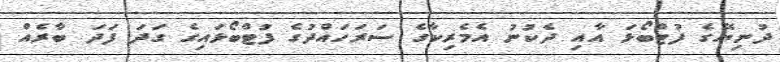
ދުނިޔޭގެ ފުޓްބޯޅަ އާއި ދެކުނު އެމެރިކާގެ ސަރަހައްދުގެ ފުޓްބޯޅައިގެ ގަދަ ފަދަ ބާރެއް